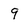
Character: 9